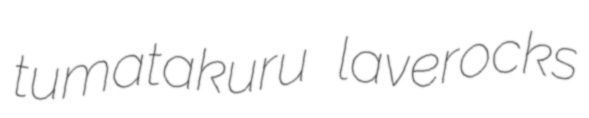
tumatakuru laverocks